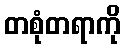
တစုံတရာကို